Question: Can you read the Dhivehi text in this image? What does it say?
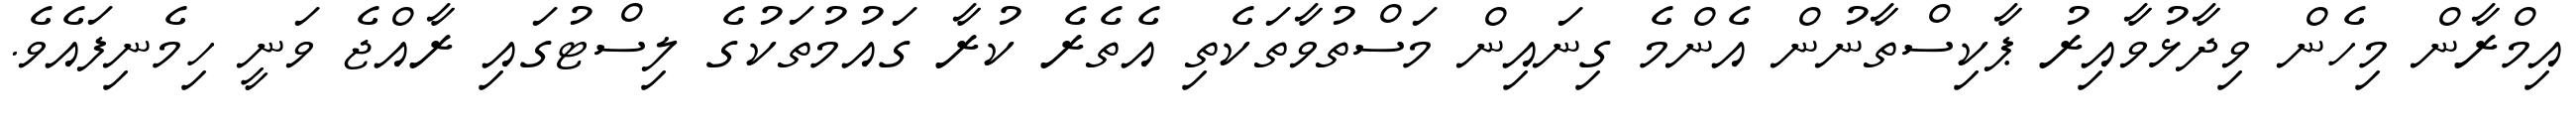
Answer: އިމްރާން މިހެން ވިދާޅުވާއިރު ޕާކިސްތާނުން އެންމެ ގިނައިން މަސްތުވާތަކެތި އެތެރެ ކުރާ ގައުމުތަކުގެ ލިސްޓުގައި ރާއްޖެ ވަނީ ހިމެނިފައެވެ.